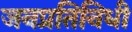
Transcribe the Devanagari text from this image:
जनप्रतिनिधी